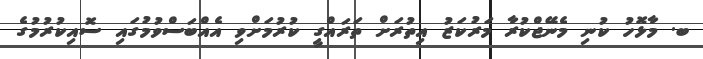
ބ. މާޅޮހު ކުނި މެނޭޖްކުރާ މަރުކަޒު އިތުރަށް ތަރައްގީ ކުރުމަށްވި އެއްބަސްވުމުގައި ސޮއިކުރުމުގެ